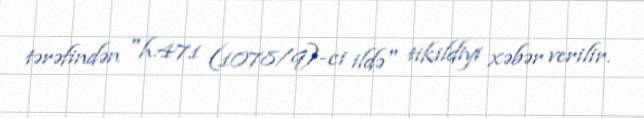
tərəfindən "h.471 (1078/9)-ci ildə" tikildiyi xəbər verilir.